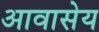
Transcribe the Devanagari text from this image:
आवासेय